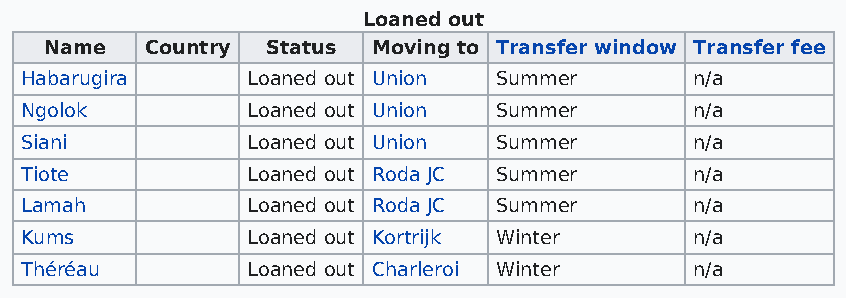
Loaned out
 Name   Country Status Moving to Transfer window Transfer fee
 Habarugira     Loaned out Union Summer       n/a
 Ngolok         Loaned out Union Summer       n/a
 Siani          Loaned out Union Summer       n/a
 Tiote          Loaned out Roda JC Summer     n/a
 Lamah          Loaned out Roda JC Summer     n/a
 Kums           Loaned out Kortrijk Winter    n/a
 Théréau        Loaned out Charleroi Winter   n/a